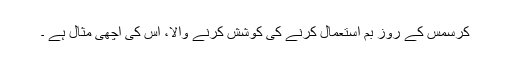
کرسمس کے روز بم استعمال کرنے کی کوشش کرنے والا، اس کی اچھی مثال ہے ۔